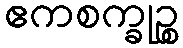
ဧကစက္ခုဉ္စ